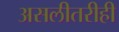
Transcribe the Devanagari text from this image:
असलीतरीही